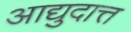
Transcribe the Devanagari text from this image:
आद्युदात्त